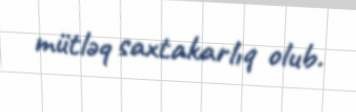
mütləq saxtakarlıq olub.